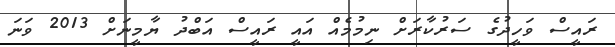
ރައީސް ވަހީދުގެ ސަރުކާރަށް ނިމުމެއް އައީ ރައީސް އަބްދު ޔާމީނަށް 2013 ވަނަ